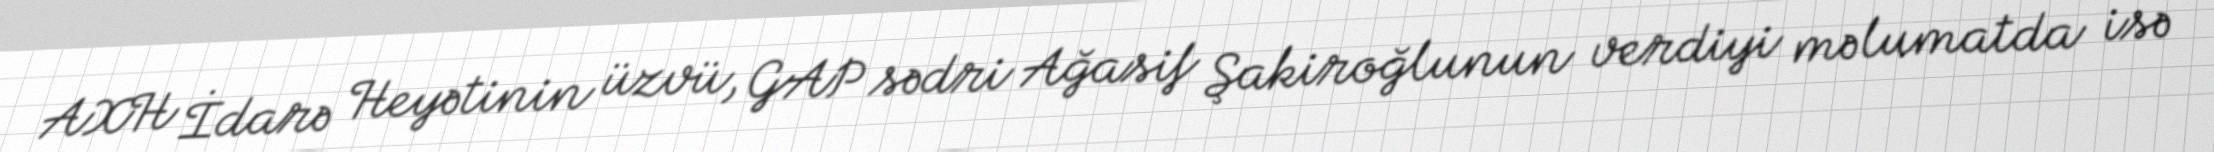
AXH İdarə Heyətinin üzvü, GAP sədri Ağasif Şakiroğlunun verdiyi məlumatda isə